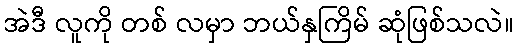
အဲဒီ လူကို တစ် လမှာ ဘယ်နှကြိမ် ဆုံဖြစ်သလဲ။